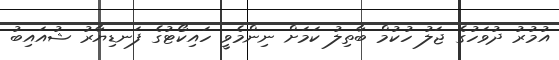
އުމުރު ދުވަހުގެ ޖަލު ހުކުމް ބާތިލު ކަމަށް ނިންމެވީ ހައިކޯޓުގެ ފަނޑިޔާރު ޝުއައިބު